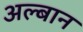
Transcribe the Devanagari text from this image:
अल्बान